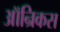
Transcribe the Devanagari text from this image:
ऑन्रिकस